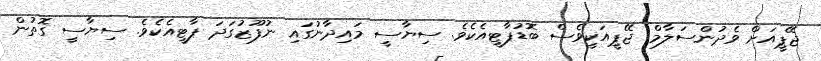
ޖޭޕީއަށް ވެދުންސަލާމް. ޖޭޕީއަކީވެސް ބޮޑުޕާޓީއެކެވެ. ސިޔާސީ މައިދާނުގައި ނުފޫޒުގަދަ ޕާޓީއެކެވެ. ސިޔާސީ ގޮތުން